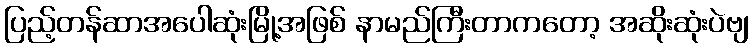
ပြည့်တန်ဆာအပေါဆုံးမြို့အဖြစ် နာမည်ကြီးတာကတော့ အဆိုးဆုံးပဲဗျ